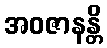
အဝဇာနန္တိ